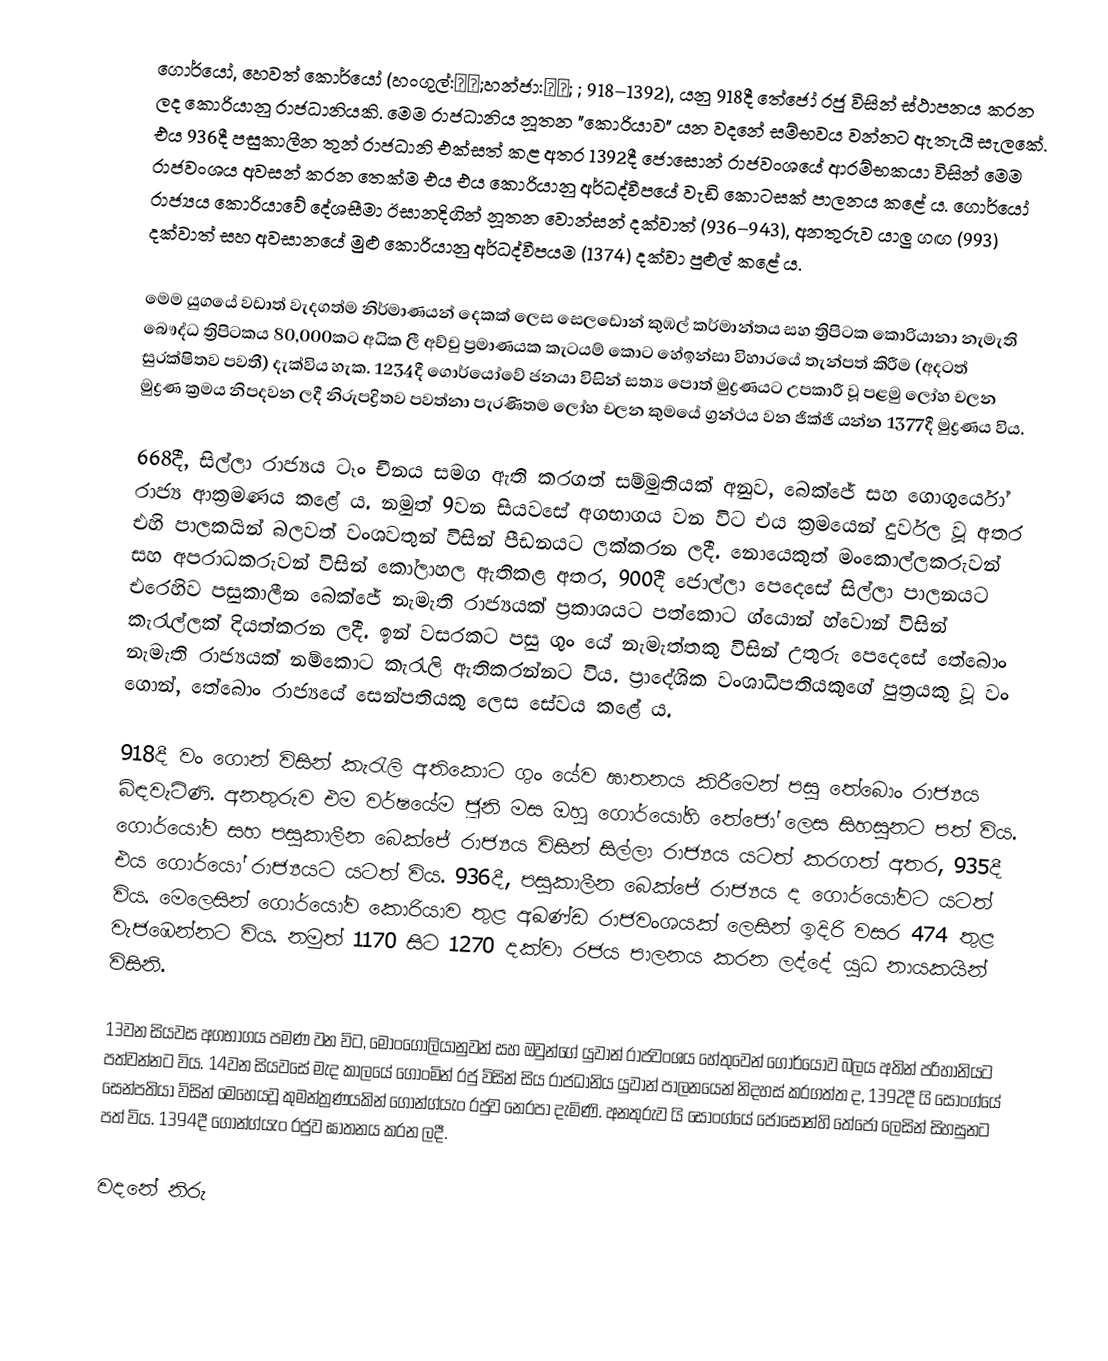
ගොර්යෝ, හෙවත් කොර්යෝ (හංගුල්:고려;හන්ජා:高麗; ; 918–1392), යනු 918දී තේජෝ රජු විසින් ස්ථාපනය කරන ලද කොරියානු රාජධානියකි. මෙම රාජධානිය නූතන "කොරියාව" යන වදනේ සම්භවය වන්නට ඇතැයි සැලකේ. එය 936දී පසුකාලීන තුන් රාජධානි එක්සත් කළ අතර 1392දී ජොසොන් රාජවංශයේ ආරම්භකයා විසින් මෙම රාජවංශය අවසන් කරන තෙක්ම එය එය කොරියානු අර්ධද්වීපයේ වැඩි කොටසක් පාලනය කළේ ය. ගොර්යෝ රාජ්‍යය කොරියාවේ දේශසීමා ඊසානදිගින් නූතන වොන්සන් දක්වාත් (936–943), අනතුරුව යාලු ගඟ (993) දක්වාත් සහ අවසානයේ මුළු කොරියානු අර්ධද්වීපයම (1374) දක්වා පුළුල් කළේ ය.

මෙම යුගයේ වඩාත් වැදගත්ම නිර්මාණයන් දෙකක් ලෙස සෙලඩොන් කුඹල් කර්මාන්තය සහ ත්‍රිපිටක කොරියානා නැමැති බෞද්ධ ත්‍රිපිටකය 80,000කට අධික ලී අච්චු ප්‍රමාණයක කැටයම් කොට හේඉන්සා විහාරයේ තැන්පත් කිරීම (අදටත් සුරක්ෂිතව පවතී) දැක්විය හැක. 1234දී ගොර්යෝවේ ජනයා විසින් සත්‍ය පොත් මුද්‍රණයට උපකාරී වූ පළමු ලෝහ චලන මුද්‍රණ ක්‍රමය නිපදවන ලදී නිරුපද්‍රිතව පවත්නා පැරණිතම ලෝහ චලන කුමයේ ග්‍රන්ථය වන ජික්ජි යන්න 1377දී මුද්‍රණය විය.

668දී, සිල්ලා රාජ්‍යය ටෑං චීනය සමග ඇති කරගත් සම්මුතියක් අනුව, බෙක්ජේ සහ ගොගුර්යෝ රාජ්‍ය ආක්‍රමණය කළේ ය. නමුත් 9වන සියවසේ අගභාගය වන විට එය ක්‍රමයෙන් දුර්වල වූ අතර එහි පාලකයින් බලවත් වංශවතුන් විසින් පීඩනයට ලක්කරන ලදී. නොයෙකුත් මංකොල්ලකරුවන් සහ අපරාධකරුවන් විසින් කෝලාහල ඇතිකළ අතර, 900දී ජොල්ලා පෙදෙසේ සිල්ලා පාලනයට එරෙහිව පසුකාලීන බෙක්ජේ නැමැති රාජ්‍යයක් ප්‍රකාශයට පත්කොට ග්යොන් හ්වොන් විසින් කැරැල්ලක් දියත්කරන ලදී. ඉන් වසරකට පසු ගුං යේ නැමැත්තකු විසින් උතුරු පෙදෙසේ තේබොං නැමැති රාජ්‍යයක් නම්කොට කැරැලි ඇතිකරන්නට විය. ප්‍රාදේශික වංශාධිපතියකුගේ පුත්‍රයකු වූ වං ගොන්, තේබොං රාජ්‍යයේ සෙන්පතියකු ලෙස සේවය කළේ ය.

918දී වං ගොන් විසින් කැරැලි අතිකොට ගුං යේව ඝාතනය කිරීමෙන් පසු තේබොං රාජ්‍යය බිඳවැටිණි. අනතුරුව එම වර්ෂයේම ජූනි මස ඔහු ගොර්යෝහි තේජෝ ලෙස සිහසුනට පත් විය. ගොර්යෝව සහ පසුකාලීන බෙක්ජේ රාජ්‍යය විසින් සිල්ලා රාජ්‍යය යටත් කරගත් අතර, 935දී එය ගොර්යෝ රාජ්‍යයට යටත් විය. 936දී, පසුකාලීන බෙක්ජේ රාජ්‍යය ද ගොර්යෝවට යටත් විය. මෙලෙසින් ගොර්යෝව කොරියාව තුළ අඛණ්ඩ රාජවංශයක් ලෙසින් ඉදිරි වසර 474 තුළ වැජඹෙන්නට විය. නමුත් 1170 සිට 1270 දක්වා රජය පාලනය කරන ලද්දේ යුධ නායකයින් විසිනි.

13වන සියවස අගභාගය පමණ වන විට, මොංගෝලියානුවන් සහ ඔවුන්ගේ යුවාන් රාජවංශය හේතුවෙන් ගොර්යෝව බලය අතින් පරිහානියට පත්වන්නට විය. 14වන සියවසේ මැද කාලයේ ගොංමින් රජු විසින් සිය රාජධානිය යුවාන් පාලනයෙන් නිදහස් කරගත්ත ද, 1392දී යි සොංග්යේ සෙන්පතියා විසින් මෙහෙයවූ කුමන්ත්‍රණයකින් ගොන්ග්යැං රජුව නෙරපා දැමිණි. අනතුරුව යි සොංග්යේ ජොසොන්හි තේජෝ ලෙසින් සිහසුනට පත් විය. 1394දී ගොන්ග්යැං රජුව ඝාතනය කරන ලදී.

වදනේ නිරු